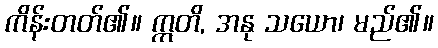
ကိန်းတတ်၏။ ဣတိ, အနု သယော၊ မည်၏။